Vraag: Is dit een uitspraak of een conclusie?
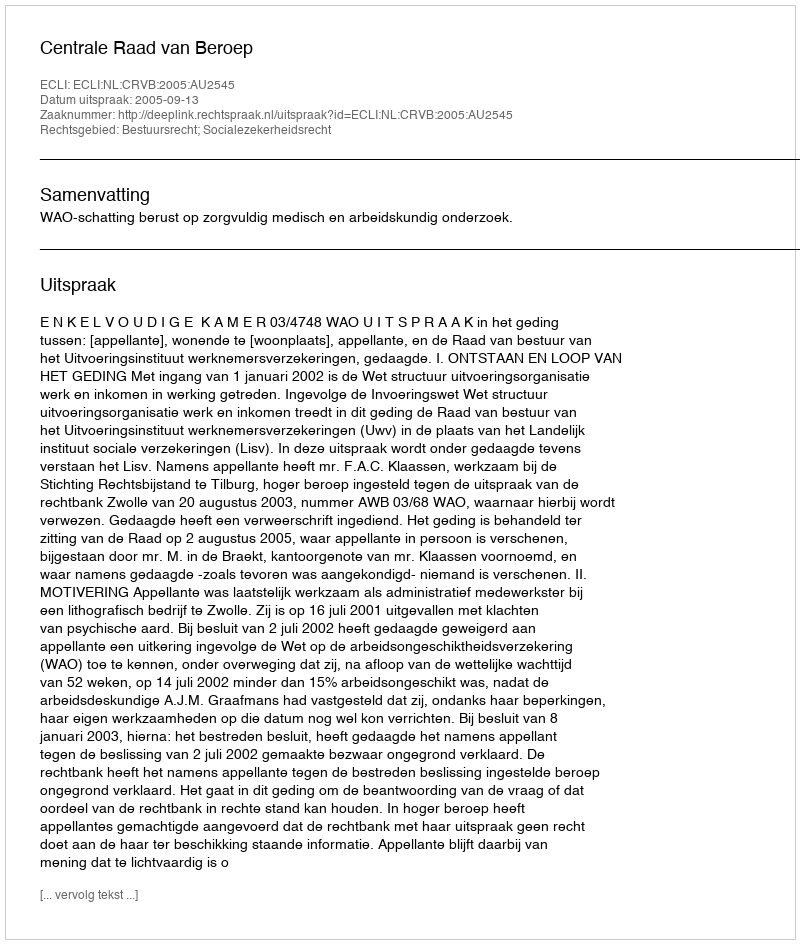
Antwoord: Uitspraak